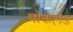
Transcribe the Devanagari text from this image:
पोकलेड